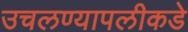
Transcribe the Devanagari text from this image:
उचलण्यापलीकडे